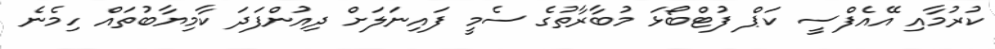
ކުރުމާއި އޭއެފްސީ ކަޕް ފުޓްބޯޅަ މުބާރާތުގެ ސެމީ ފައިނަލަށް ދިއުންފަދަ ކާމިޔާބުތައް ހިމެނެ